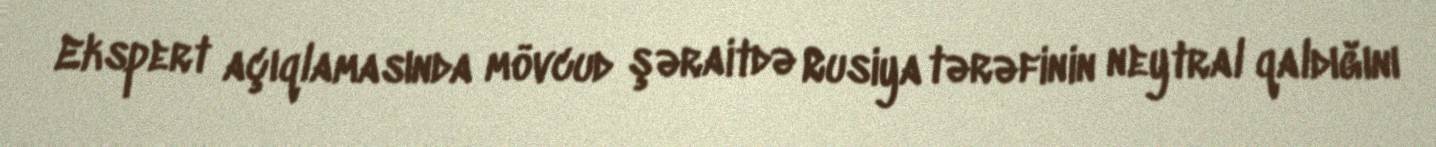
Ekspert açıqlamasında mövcud şəraitdə Rusiya tərəfinin neytral qaldığını